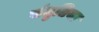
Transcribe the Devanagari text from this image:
संतुतिया